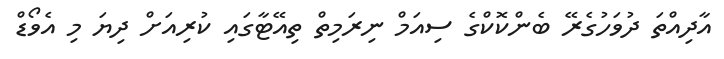
އާދިއްތަ ދުވަހުގެރޭ ބެންކޮކްގެ ސިއަމް ނިރަމިތް ތިއޭޓާގައި ކުރިއަށް ދިޔަ މި އެވޯޑް